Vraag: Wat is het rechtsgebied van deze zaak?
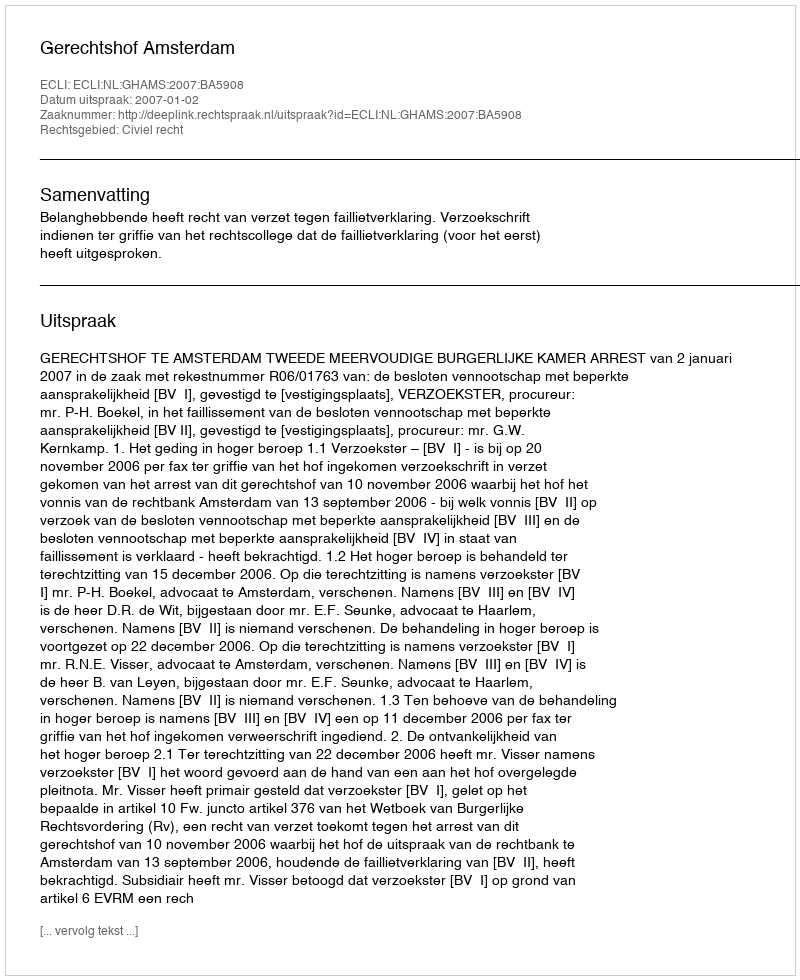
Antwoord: Civiel recht